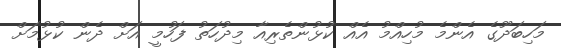
މަހިބަދޫގެ އެންމެ މުހިއްމު އެއް ކުޅުންތެރިއާ މިދުހަތު ފަހުމީ އަށް ދެން ކުޅުމަށް